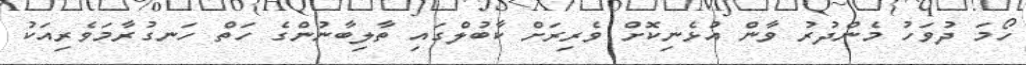
ހޯމަ ދުވަހު މެންދުރު ވާން އުޅެނިކޮށް ވެރިރަށް ކާބުލްގައި ތާލިބާނުންގެ ހަތް ހަނގުރާމަވެރިއަކު